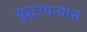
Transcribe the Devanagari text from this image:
युद्धउपन्यास